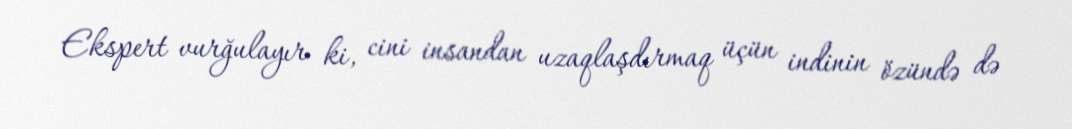
Ekspert vurğulayır ki, cini insandan uzaqlaşdırmaq üçün indinin özündə də